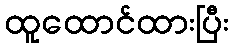
ထူထောင်ထားပြီး